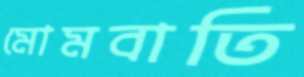
মোমবাতি